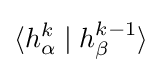
\langle h_{\alpha }^{k}\mid h_{\beta }^{k-1}\rangle